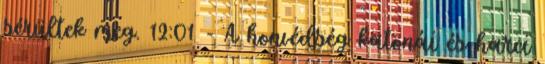
sérültek meg. 12:01 - A honvédség katonái és harci